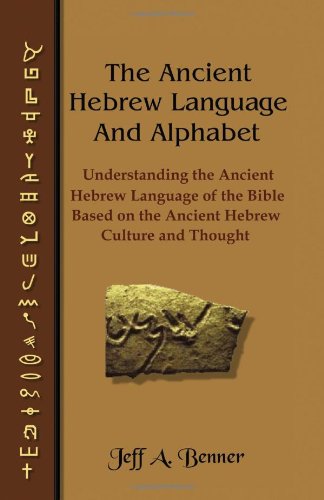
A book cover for The Ancient Hebrew Language and Alphabet: Understanding the Ancient Hebrew Language of the Bible Based on Ancient Hebrew Culture and Thought; Christian Books & Bibles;